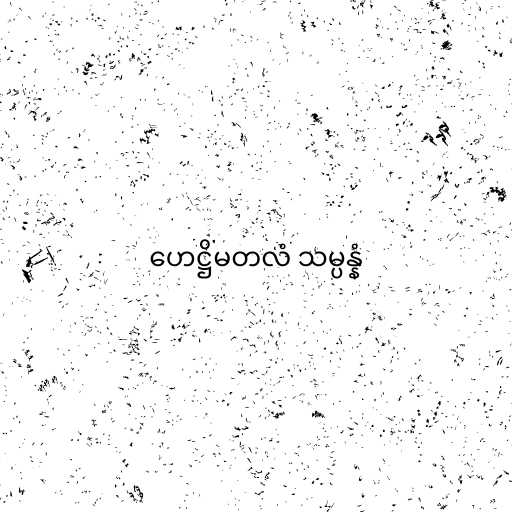
ဟေဋ္ဌိမတလံ သမ္ပန္နံ